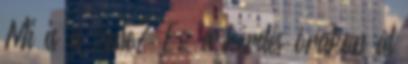
Mi is a zene? Ez a kérdés órákon át